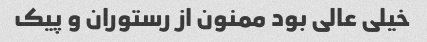
خیلی عالی بود ممنون از رستوران و پیک